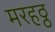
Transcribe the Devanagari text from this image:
मरहठ्ठ